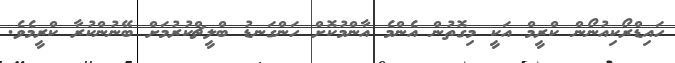
ހައިޑްރޯކިއުނޯން ކްރީމް އަކީ މިގޮތުން އެންމެ އާންމުކޮށް ހަންގަނޑު ބްލީޗްކުރުމަށް ބޭނުންކުރާ ކްރީމެވެ.